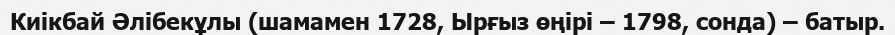
Киікбай Әлібекұлы (шамамен 1728, Ырғыз өңірі – 1798, сонда) – батыр.